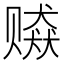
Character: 𰷫